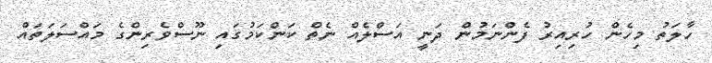
ހާލަތު މިހެން ހުރިއިރު ފެންނަމުން ދަނީ އަސްލެއް ނެތް ކަންކަމުގައި ނޫސްވެރިންގެ މައްސަލަތައް